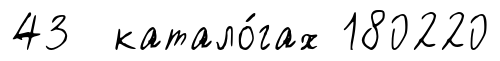
43 катало́гах 180220